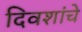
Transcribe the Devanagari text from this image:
दिवशांचे